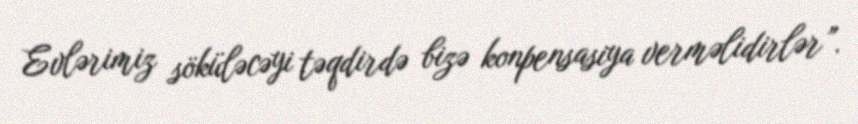
Evlərimiz söküləcəyi təqdirdə bizə konpensasiya verməlidirlər”.